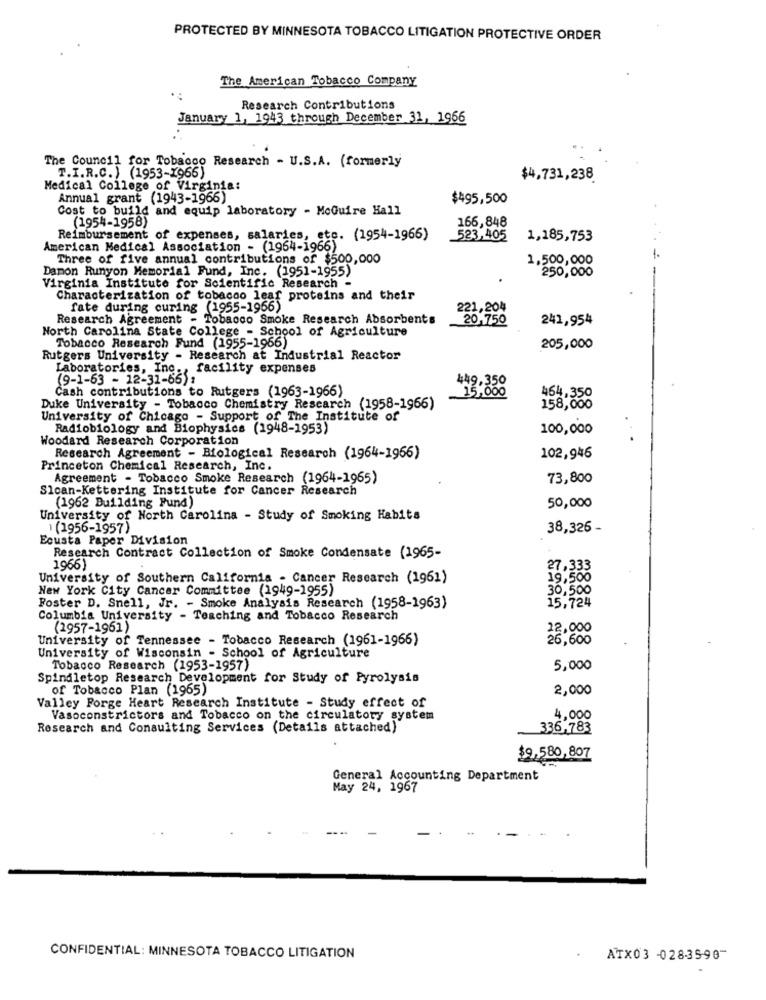
PROTECTED BY MINNESOTA TOBACCO LITIGATION PROTECTIVE ORDER
The American Tobacco Company
Research Contributions
January 1, 1943 through December 31, 1966
The Council for Tobacco Research - U.S.A. (formerly
T.I.R.C.) (1953-1966)
$4,731,238
Medical College of Virginia:
Annual grant (1943-1966)
$495,500
Cost to build and equip laboratory - MoGuire Hall
166,848
(1954-1958)
Reimbursement of expenses, salaries, etc. (1954-1966)
523,405
1,185,753
American Medical Association - (1964-1966)
Three of five annual contributions of $500,000
1,500,000
Damon Runyon Memorial Fund, Inc. (1951-1955)
250,000
Virginia Institute for Scientific Research -
Characterization of tobacco leaf proteins and their
fate during curing (1955-1956)
221,204
Research Agreement - Tobacco Smoke Research Absorbents
20,750
241,954
North Carolina State College - School of Agriculture
Tobacco Research Fund (1955-1966)
205,000
Rutgers University - Research at Industrial Reactor
Laboratories, Inc ., facility expenses
(9-1-63 - 12-31-65):
449,350
Cash contributions to Rutgers (1963-1966)
15,000
464,350
Duke University - Tobacco Chemistry Rescarch (1958-1966)
158,000
University of Chicago - Support of The Institute of
Radiobiology and Biophysics (1948-1953)
100,000
Woodard Research Corporation
Research Agreement - Biological Research (1964-1966)
102,946
Princeton Chemical Research, Inc.
Agreement - Tobacco Smoke Research (1964-1965)
73,800
Sloan-Kettering Institute for Cancer Research
50,000
(1962 Building Fund)
University of North Carolina - Study of Smoking Habits
1 (1956-1957)
38,326 -
Ecusta Paper Division
Research Contract Collection of Smoke Condensate (1965-
1966)
27,333
University of Southern California - Cancer Research (1961)
19,500
New York City Cancer Committee (1949-1955)
30,500
Foster D. Snell, Jr. - Smoke Analysis Research (1958-1963)
15,724
Columbia University - Teaching and Tobacco Research
(2957-1961)
12,000
University of Tennessee - Tobacco Research (1961-1966)
26,600
University of Wisconsin - School of Agriculture
Tobacco Research (1953-1957)
5,000
Spindletop Research Development for Study of Pyrolysis
of Tobacco Plan (1965)
2,000
Valley Forge Heart Research Institute - Study effect of
Vasoconstrictors and Tobacco on the circulatory system
4,000
Research and Consulting Services (Details attached)
336,783
$9,580,807
General Accounting Department
May 24, 1967
CONFIDENTIAL: MINNESOTA TOBACCO LITIGATION
ATX03 -0283590